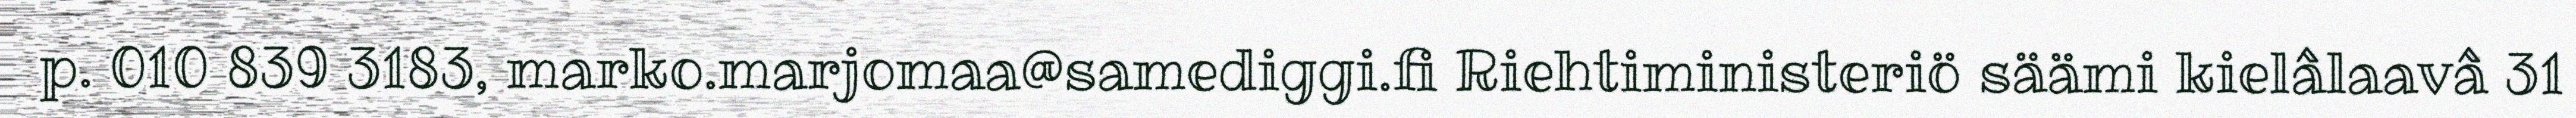
p. 010 839 3183, marko.marjomaa@samediggi.fi Riehtiministeriö säämi kielâlaavâ 31